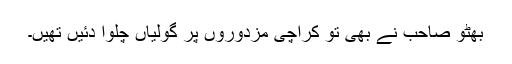
بھٹو صاحب نے بھی تو کراچی مزدوروں پر گولیاں چلوا دئیں تھیں۔